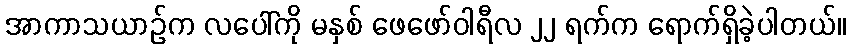
အာကာသယာဉ်က လပေါ်ကို မနှစ် ဖေဖော်ဝါရီလ ၂၂ ရက်က ရောက်ရှိခဲ့ပါတယ်။